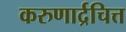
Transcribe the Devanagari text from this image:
करुणार्द्रचित्त